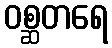
ဝစ္ဆတရေ